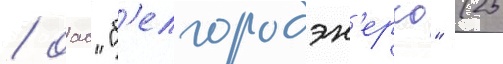
/ оао "б'елгородэн'ерго" (25